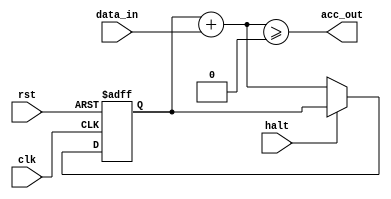
module accumulator_direct #(parameter SIZE = 4, parameter BITS = 8)(
    input clk,             // Clock input
    input rst,             // Reset input
    input halt,
    input signed [BITS:0] data_in,  // Input data
    output acc_out
);
reg signed [BITS+$clog2(SIZE+1)-1:0] acc; // THAT -1 IS ILLEGAL
wire signed [BITS+$clog2(SIZE+1)-1:0] next_acc;
assign next_acc = acc + data_in;
assign acc_out = next_acc >= 0;
always @(posedge clk or posedge rst) begin
    if (rst) begin
        acc <= 0;
    end else if (!halt) begin
        acc <= next_acc;
    end //else $display(next_acc);
end

endmodule